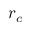
r _ { c }